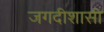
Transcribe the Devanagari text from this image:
जगदीशासी